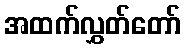
အထက်လွှတ်တော်